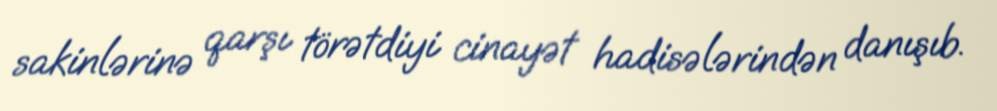
sakinlərinə qarşı törətdiyi cinayət hadisələrindən danışıb.